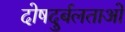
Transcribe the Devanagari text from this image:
दोषदुर्बलताओं